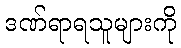
ဒဏ်ရာရသူများကို